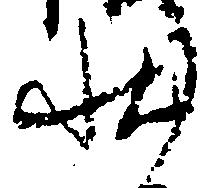
状